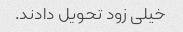
خیلی زود تحویل دادند.